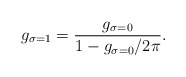
\begin{align*}g_{\sigma=1} = \frac{g_{\sigma=0}}{1- g_{\sigma=0}/ 2 \pi} .\end{align*}